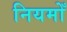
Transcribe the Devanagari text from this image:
नियमोँ